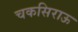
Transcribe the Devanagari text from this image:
चकसिराऊ